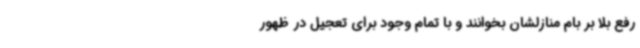
رفع بلا بر بام منازلشان بخوانند و با تمام وجود برای تعجیل در ظهور